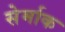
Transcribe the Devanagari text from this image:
सेर्माक